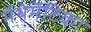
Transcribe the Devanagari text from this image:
मॅथेमॅटिका